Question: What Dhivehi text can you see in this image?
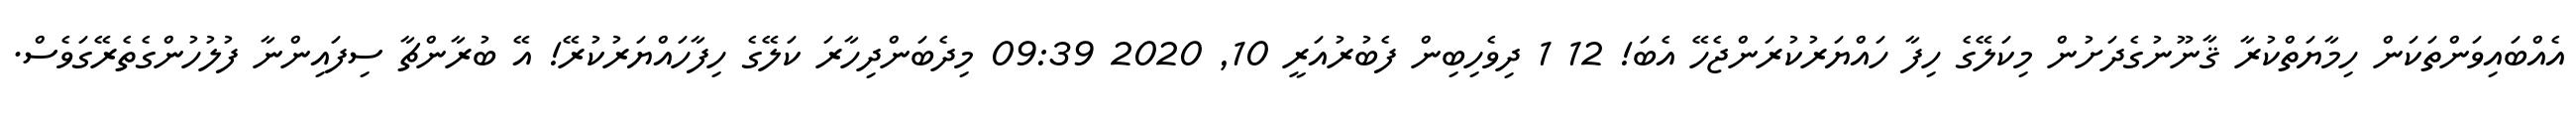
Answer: އެއްބައިވަންތަކަން ހިމާޔަތްކުރާ ޤާނޫނުގެދަށުން މިކަލޭގެ ހިފާ ހައްޔަރުކުރަންޖެހޭ އެބަ! 12 1 ދިވެހިބިން ފެބުރުއަރީ 10, 2020 09:39 މިދެބަންދިހާރަ ކަލޭގެ ހިފާހައްޔަރުކުރޭ! އޭ ބުރާންޗާ ސިފައިންނާ ފުލުހުންގެތެރޭގަވެސް.